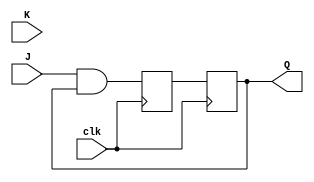
module jk_ff (
    input wire J,
    input wire K,
    input wire clk,
    output reg Q
);

reg D1, D2;

always @(posedge clk) begin 
    D1 <= J & Q;
    D2 <= K & ~Q;
end

always @(posedge clk) begin
    Q <= D1;
end

endmodule